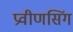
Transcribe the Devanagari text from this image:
प्रवीणसिंग